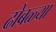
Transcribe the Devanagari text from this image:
ढोबळ्या